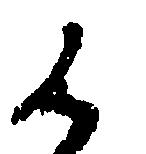
候